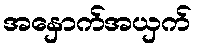
အနှောက်အယှက်